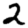
Digit: 2